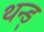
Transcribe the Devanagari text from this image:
थन्ड्